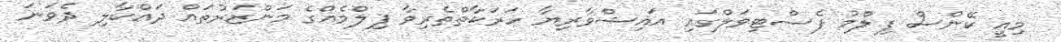
މިއީ ކޭންސް ފިލްމު ފެސްޓިވަލްގައި އައިޝްވާރިޔާ ހަރަކާތްތެރިވާ ފިލްމެއްގެ މަންޒަރުތައް ދައްކާލި ދެވަނަ